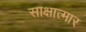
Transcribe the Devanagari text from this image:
साक्षात्मार